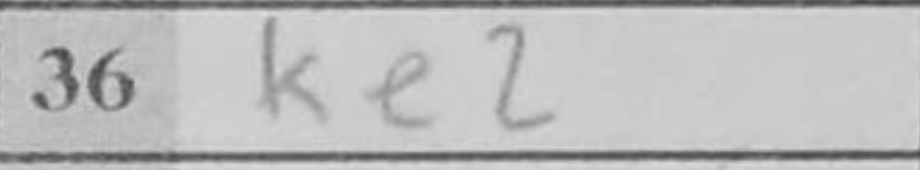
Transcription: Ke2